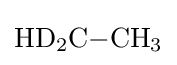
{\mathrm {HD} {\vphantom {A}}_{\smash[{t}]{2}}\mathrm {C} {-}\mathrm {CH} {\vphantom {A}}_{\smash[{t}]{3}}}